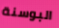
البوسنة